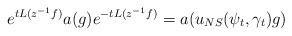
LaTeX: \begin{align*}e^{t L(z^{-1} f)}a(g) e^{-t L(z^{-1} f)} = a(u_{NS}(\psi_t,\gamma_t)g)\end{align*}